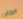
سوف